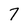
Character: 7